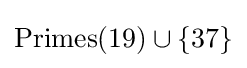
{\text{Primes}}(19)\cup \{37\}